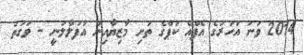
2014 ވަނަ އަހަރުގެ އެފްއޭ ކަޕްގެ ތަށި މާޒިޔާއިން އުފުލާލަނީ - ވަގުތު